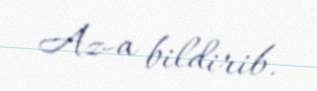
Az-a bildirib.